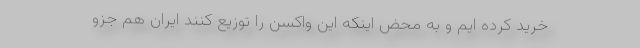
خرید کرده ایم و به محض اینکه این واکسن را توزیع کنند ایران هم جزو